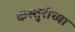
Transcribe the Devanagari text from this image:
कस्तुरीच्या